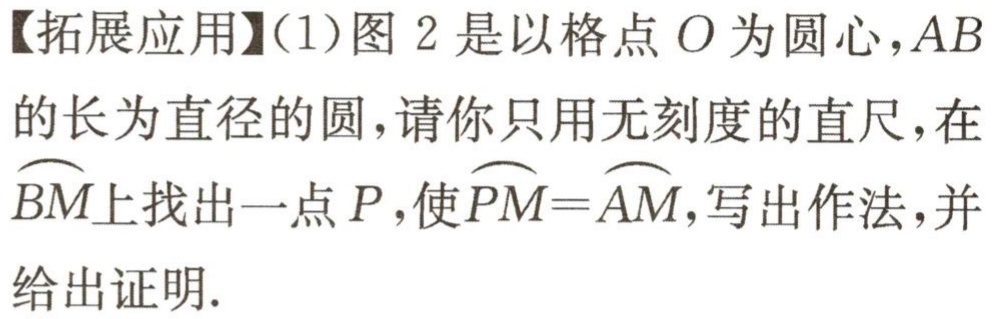
【拓展应用】(1)图 2 是以格点 \(O\) 为圆心，\(AB\)的长为直径的圆，请你只用无刻度的直尺，在\(\overset{\frown}{BM}\)上找出一点 \(P\)，使\(\overset{\frown}{PM}=\overset{\frown}{AM}\)，写出作法，并给出证明.